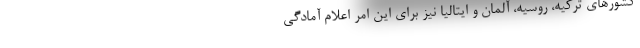
کشورهای ترکیه، روسیه، آلمان و ایتالیا نیز برای این امر اعلام آمادگی